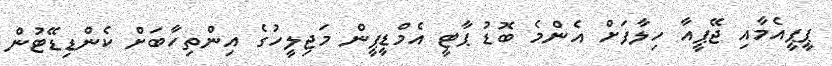
ޕީޕީއެމާއި ޖޭޕީއާ ހިލާފަށް އެންމެ ބޮޑު ޕާޓީ އެމްޑީޕީން މަޖިލީހުގެ އިންތިހާބަށް ކެންޑިޑޭޓުން